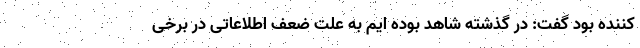
کننده بود گفت: در گذشته شاهد بوده ایم به علت ضعف اطلاعاتی در برخی